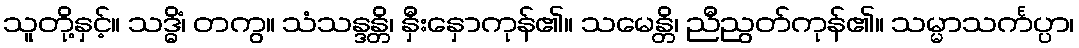
သူတို့နှင့်။ သဒ္ဓိံ၊ တကွ။ သံသန္ဒန္တိ၊ နှီးနှောကုန်၏။ သမေန္တိ၊ ညီညွတ်ကုန်၏။ သမ္မာသင်္ကပ္ပာ၊